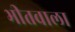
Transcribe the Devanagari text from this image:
भीतवाला